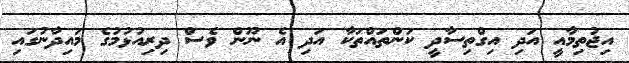
އިޖުތިމާއީ އަދި އިގްތިސާދީ ކަންތައްތަކާ އަދި އެ ނޫން ވެސް ދިރިއުޅުމުގެ މައިދާނުގައި